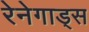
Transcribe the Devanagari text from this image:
रेनेगाड्स